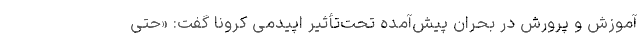
آموزش و پرورش در بحران پیش‌آمده تحت‌تأثیر اپیدمی کرونا گفت: «حتی